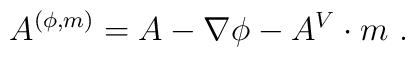
A^{(\phi,m)}=A-\nabla\phi-A^V\cdot m\ .